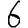
Digit: 6